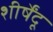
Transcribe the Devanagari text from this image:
शीर्षेंदू